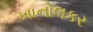
ખાનોલકર